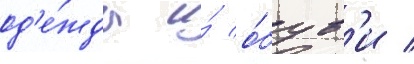
од'е́жды и́ о́був'и /